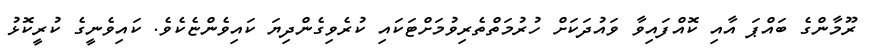
ރޫމާންގެ ބައްޕަ އާއި ކޮއްފައިވާ ވައުދަކަށް ހުރުމަތްތެރިވުމަށްޓަކައި ކުރެވިގެންދިޔަ ކައިވެންޏެކެވެ. ކައިވެނީގެ ކުރީކޮޅު